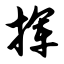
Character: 挥